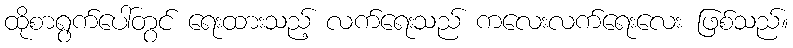
ထိုစာရွက်ပေါ်တွင် ရေးထားသည့် လက်ရေးသည် ကလေးလက်ရေးလေး ဖြစ်သည်။